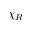
\chi _ { R }